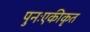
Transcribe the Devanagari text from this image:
पुनःएकीकृत